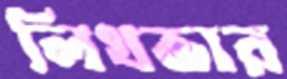
লিখভার